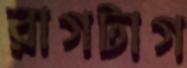
রাগটাগ